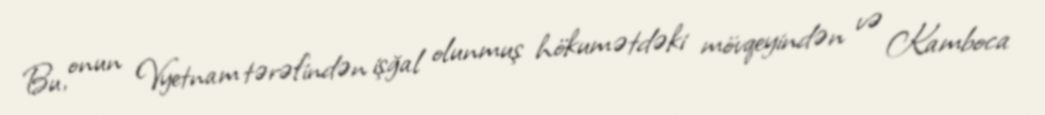
Bu, onun Vyetnam tərəfindən işğal olunmuş hökumətdəki mövqeyindən və Kamboca